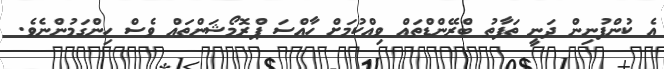
އެ ކުންފުނިން ދަނީ ތަފާތު ބްރޭންޑްތައް ވިއްކުމަށް ހާއްސަ ޕްރޮމޯޝަންތައް ވެސް ހިންގަމުންނެވެ.